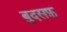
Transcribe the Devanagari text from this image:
बुदसफ़